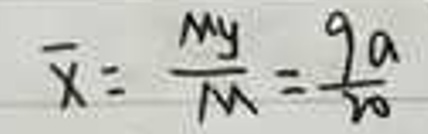
\[
\overline{x}=\frac{M_y}{M}=\frac{9a}{20}
\]